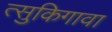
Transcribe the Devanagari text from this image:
त्सुकिगावा